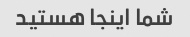
شما اینجا هستید